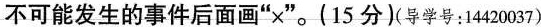
不可能发生的事件后面画”×”。(15分)(导学号：1420037)